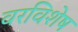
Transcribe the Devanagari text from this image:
वरविशेष